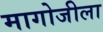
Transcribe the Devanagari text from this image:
मागोजीला